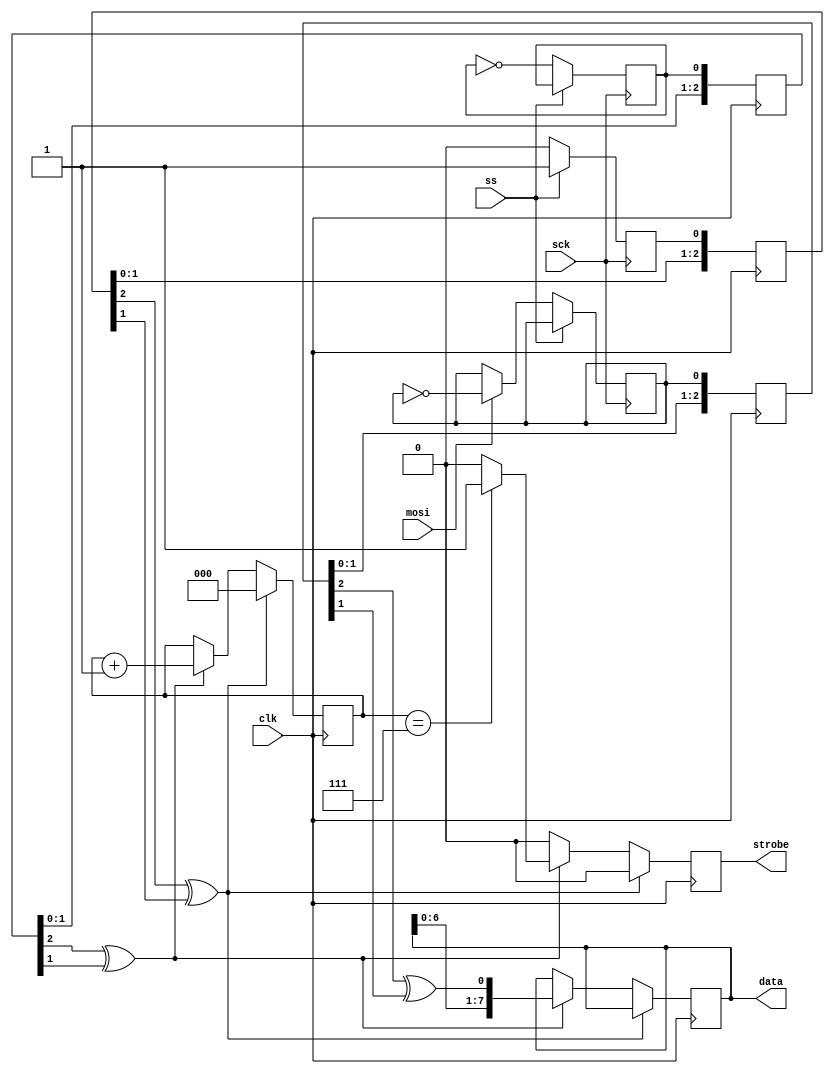
`timescale 1ns / 1ps

/* spi_slave.sv
 *
 *
 * Ultra-simple RX-only SPI slave
 * Configured for:
 *   8-bit
 *   Capture on rising edge (CPOL = CPHA = 0)
 */

module spi_slave (
    input clk,

    // SPI
    input sck,
    input ss,
    input mosi,

    // output
    output reg [7:0] data,
    output strobe
);

    reg [2:0] counter;
    initial counter = 3'h0;

    reg d_sck;
    reg strobe_sck;
    reg abort_sck;

    initial d_sck = 1'b0;
    initial strobe_sck = 1'b0;
    initial abort_sck = 1'b0;
    
    always @ (posedge sck)
    begin
        if (~ss)
        begin
            if (mosi)
                d_sck <= ~d_sck;
            strobe_sck <= ~strobe_sck;
            abort_sck <= 1'b0;
        end
        else
            abort_sck <= 1'b1;
    end

    reg strobe_gate;
    reg [2:0] strobe_sync, d_sync, abort_sync;

    initial data = 8'h0;
    initial strobe_gate = 1'b0;
    initial strobe_sync = 3'h0;
    initial d_sync <= 3'h0;
    initial abort_sync <= 3'h0;

    always @ (posedge clk)
    begin
        strobe_sync <= {strobe_sync[1:0], strobe_sck};
        d_sync <= {d_sync[1:0], d_sck};
        abort_sync <= {abort_sync[1:0], abort_sck};

        if (abort_sync[2] ^ abort_sync[1])
        begin
            counter <= 3'h0;
            strobe_gate <= 1'b0;
        end 
        else if (strobe_sync[2] ^ strobe_sync[1])
        begin
            data <= {data[6:0], d_sync[2] ^ d_sync[1]};
            counter <= counter + 1;
            if (counter == 3'h7)
                strobe_gate <= 1'b1;
            else
                strobe_gate <= 1'b0;
        end
        else
            strobe_gate <= 1'b0;

        
    end

    assign strobe = strobe_gate;// & (strobe_sync[2] ^ strobe_sync[1]));

endmodule

module spi_slave_tb (
);

    reg clk, sck, ss, mosi;
    initial clk = 1'b0;
    initial sck = 1'b0;
    initial ss = 1'b0;
    initial mosi = 1'b0;

    wire strobe;
    wire [7:0] data;

    spi_slave S (
        .clk(clk),
        .sck(sck),
        .ss(ss),
        .mosi(mosi),
        .data(data),
        .strobe(strobe)
    );

    always #27 sck <= ~sck;
    always #5 clk <= ~clk;

    always @ (posedge clk)
    begin
        if (strobe)
            $display(data);
    end

    always @ (posedge sck)
    begin
        mosi <= ~mosi;
    end

    initial #10000 $finish;

endmodule